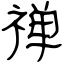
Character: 禅